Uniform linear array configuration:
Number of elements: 4
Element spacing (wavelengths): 0.75
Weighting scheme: kaiser
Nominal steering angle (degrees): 60
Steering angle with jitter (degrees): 61.595
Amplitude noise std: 0.05
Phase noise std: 0.05

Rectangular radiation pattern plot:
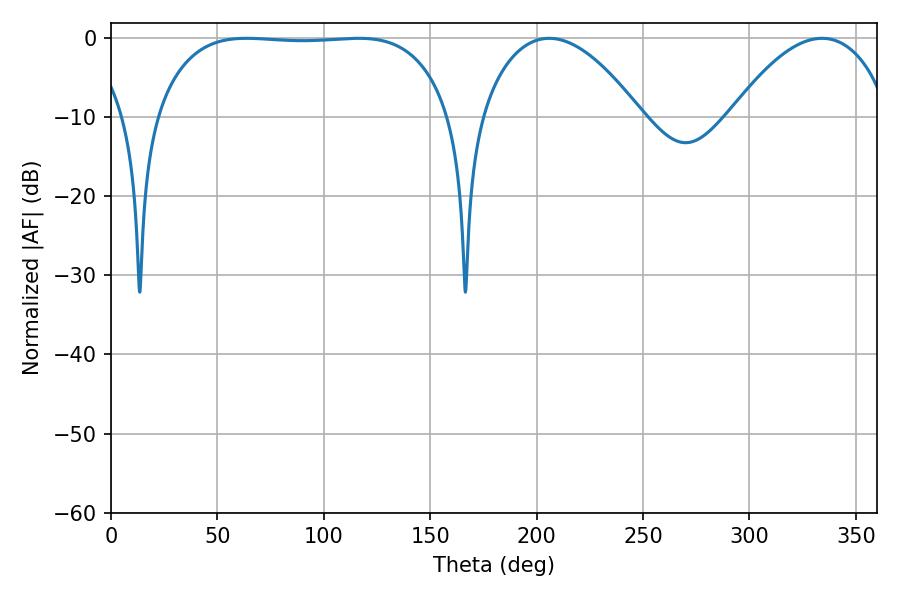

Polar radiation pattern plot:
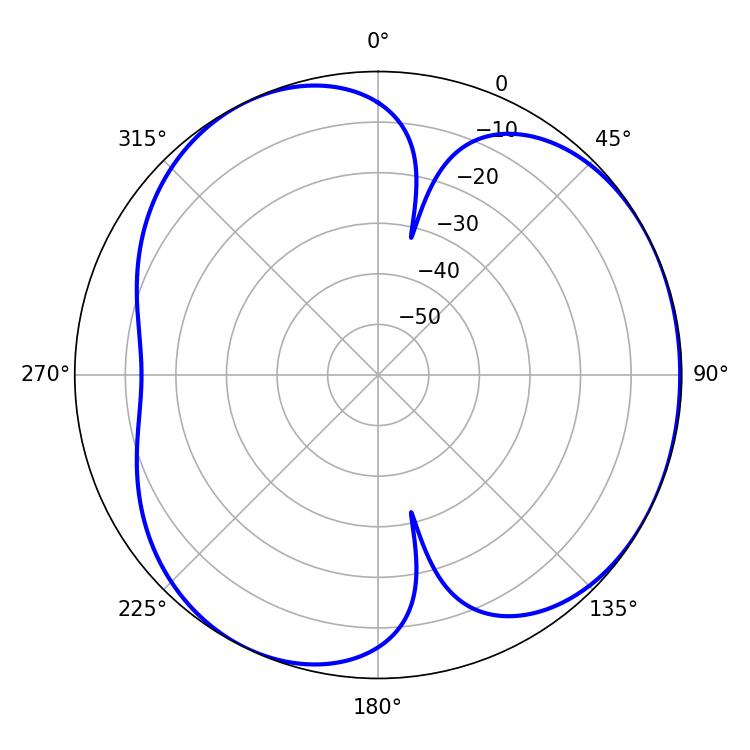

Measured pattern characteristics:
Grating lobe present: TRUE
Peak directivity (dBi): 3.967
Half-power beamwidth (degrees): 108.72
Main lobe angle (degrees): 63.72